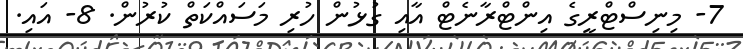
7- މިނިސްޓްރީގެ އިންޓްރާނެޓް އާއި ގުޅުން ހުރި މަސައްކަތް ކުރުން. 8- އައި.